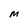
Character: M